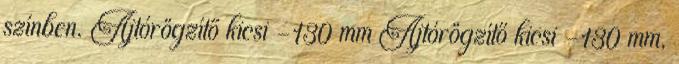
színben. Ajtórögzítő kicsi -130 mm Ajtórögzítő kicsi -130 mm,